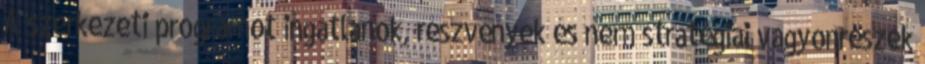
A szerkezeti programot ingatlanok, részvények és nem stratégiai vagyonrészek